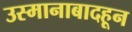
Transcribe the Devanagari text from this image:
उस्मानाबादहून